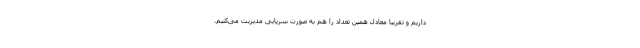
داریم و تقریبا معادل همین تعداد را هم به صورت سرپایی مدیریت می‌کنیم.